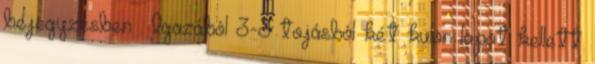
bejegyzésben . Igazából 3-3 tojásból két külön lapot kellett